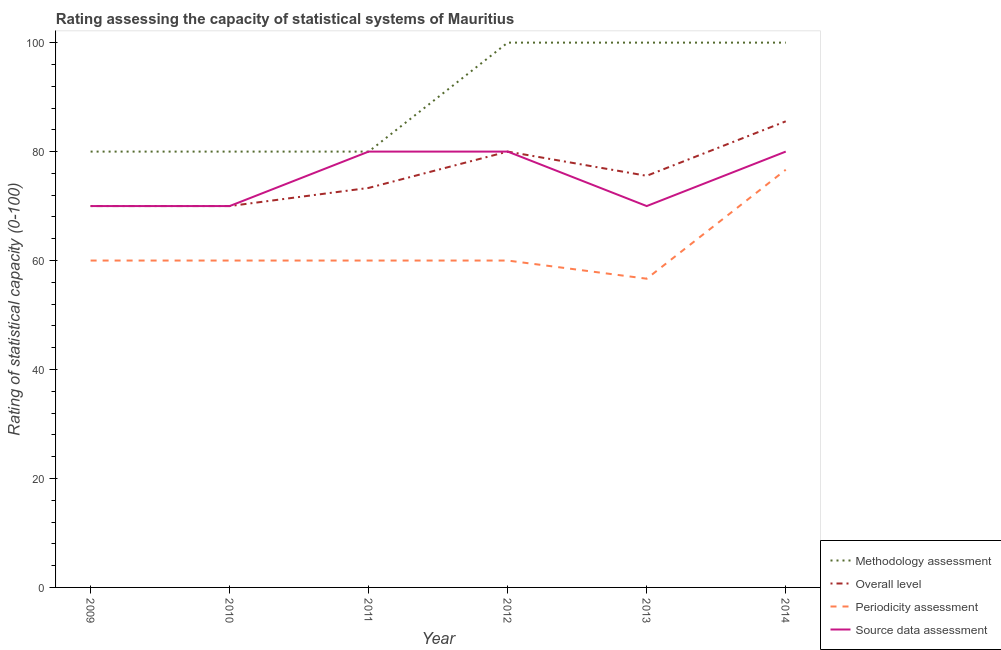
| Year | Methodology assessment | Overall level | Periodicity assessment | Source data assessment |
 | --- | --- | --- | --- | --- |
 | 2009 | 80 | 70 | 60 | 70 |
 | 2010 | 80 | 70 | 60 | 70 |
 | 2011 | 80 | 73.3 | 60 | 80 |
 | 2012 | 100 | 80 | 60 | 80 |
 | 2013 | 100 | 75.6 | 56.7 | 70 |
 | 2014 | 100 | 85.6 | 76.7 | 80 |